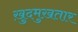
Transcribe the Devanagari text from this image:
ख़ुदमुख़तार